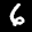
Label: 6